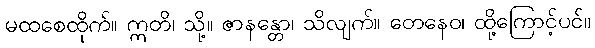
မထစေထိုက်။ ဣတိ၊ သို့။ ဇာနန္တော၊ သိလျက်။ တေနေဝ၊ ထို့ကြောင့်ပင်။